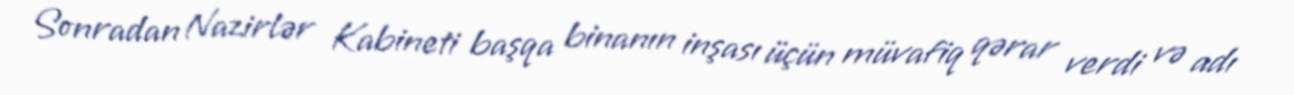
Sonradan Nazirlər Kabineti başqa binanın inşası üçün müvafiq qərar verdi və adı